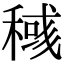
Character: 稶